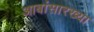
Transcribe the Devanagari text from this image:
आबांसारख्या